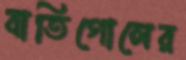
বাতিগোলের